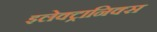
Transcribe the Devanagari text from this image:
इलेक्ट्रानिक्‍स